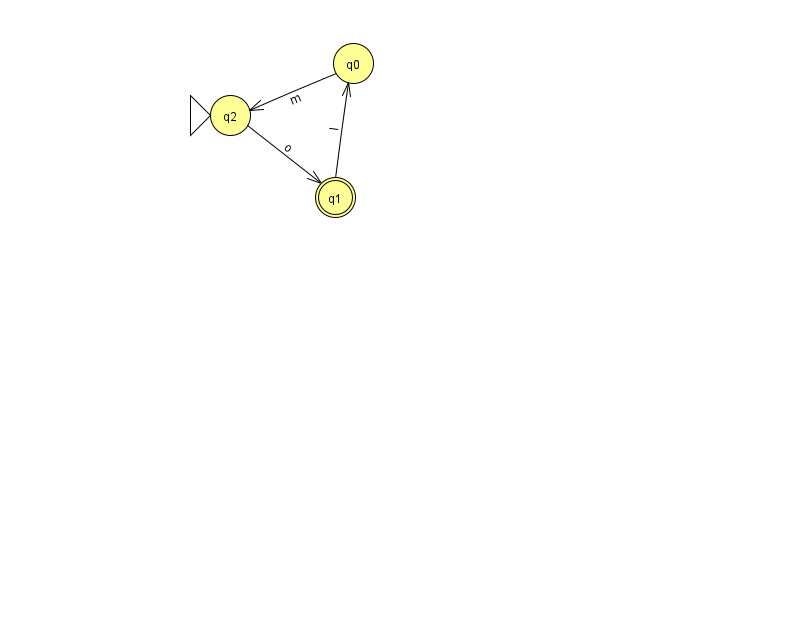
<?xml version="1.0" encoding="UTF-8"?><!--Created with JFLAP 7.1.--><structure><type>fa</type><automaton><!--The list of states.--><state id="0" name="q0"><x>353.0</x><y>50.0</y></state><state id="1" name="q1"><x>335.0</x><y>184.0</y><final/></state><state id="2" name="q2"><x>230.0</x><y>102.0</y><initial/></state><!--The list of transitions.--><transition><from>0</from><to>2</to><read>m</read></transition><transition><from>2</from><to>1</to><read>o</read></transition><transition><from>1</from><to>0</to><read>I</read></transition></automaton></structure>